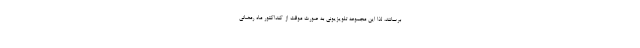
برسانند، لذا این مجموعه تلویزیونی به صورت موقت از کنداکتور ماه رمضانی